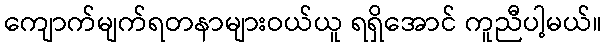
ကျောက်မျက်ရတနာများဝယ်ယူ ရရှိအောင် ကူညီပါ့မယ်။